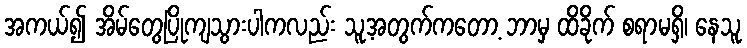
အကယ်၍ အိမ်တွေပြိုကျသွားပါကလည်း သူ့အတွက်ကတော့ ဘာမှ ထိခိုက် စရာမရှိ၊ နေသူ